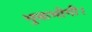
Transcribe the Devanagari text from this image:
भुक्तभोगी।